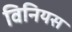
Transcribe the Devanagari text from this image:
विनियस